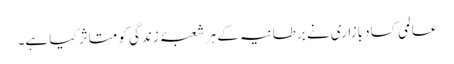
عالمی کساد بازاری نے برطانیہ کے ہر شعبۂ زندگی کو متاثر کیا ہے۔